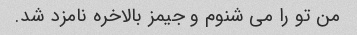
من تو را می شنوم و جیمز بالاخره نامزد شد.